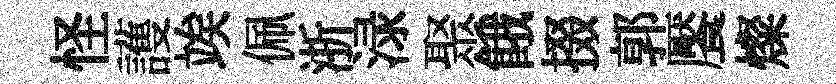
怪護竢佩浙渌聚餓掇郭饜燦